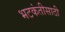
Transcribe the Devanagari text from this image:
भटकंतीसाठी